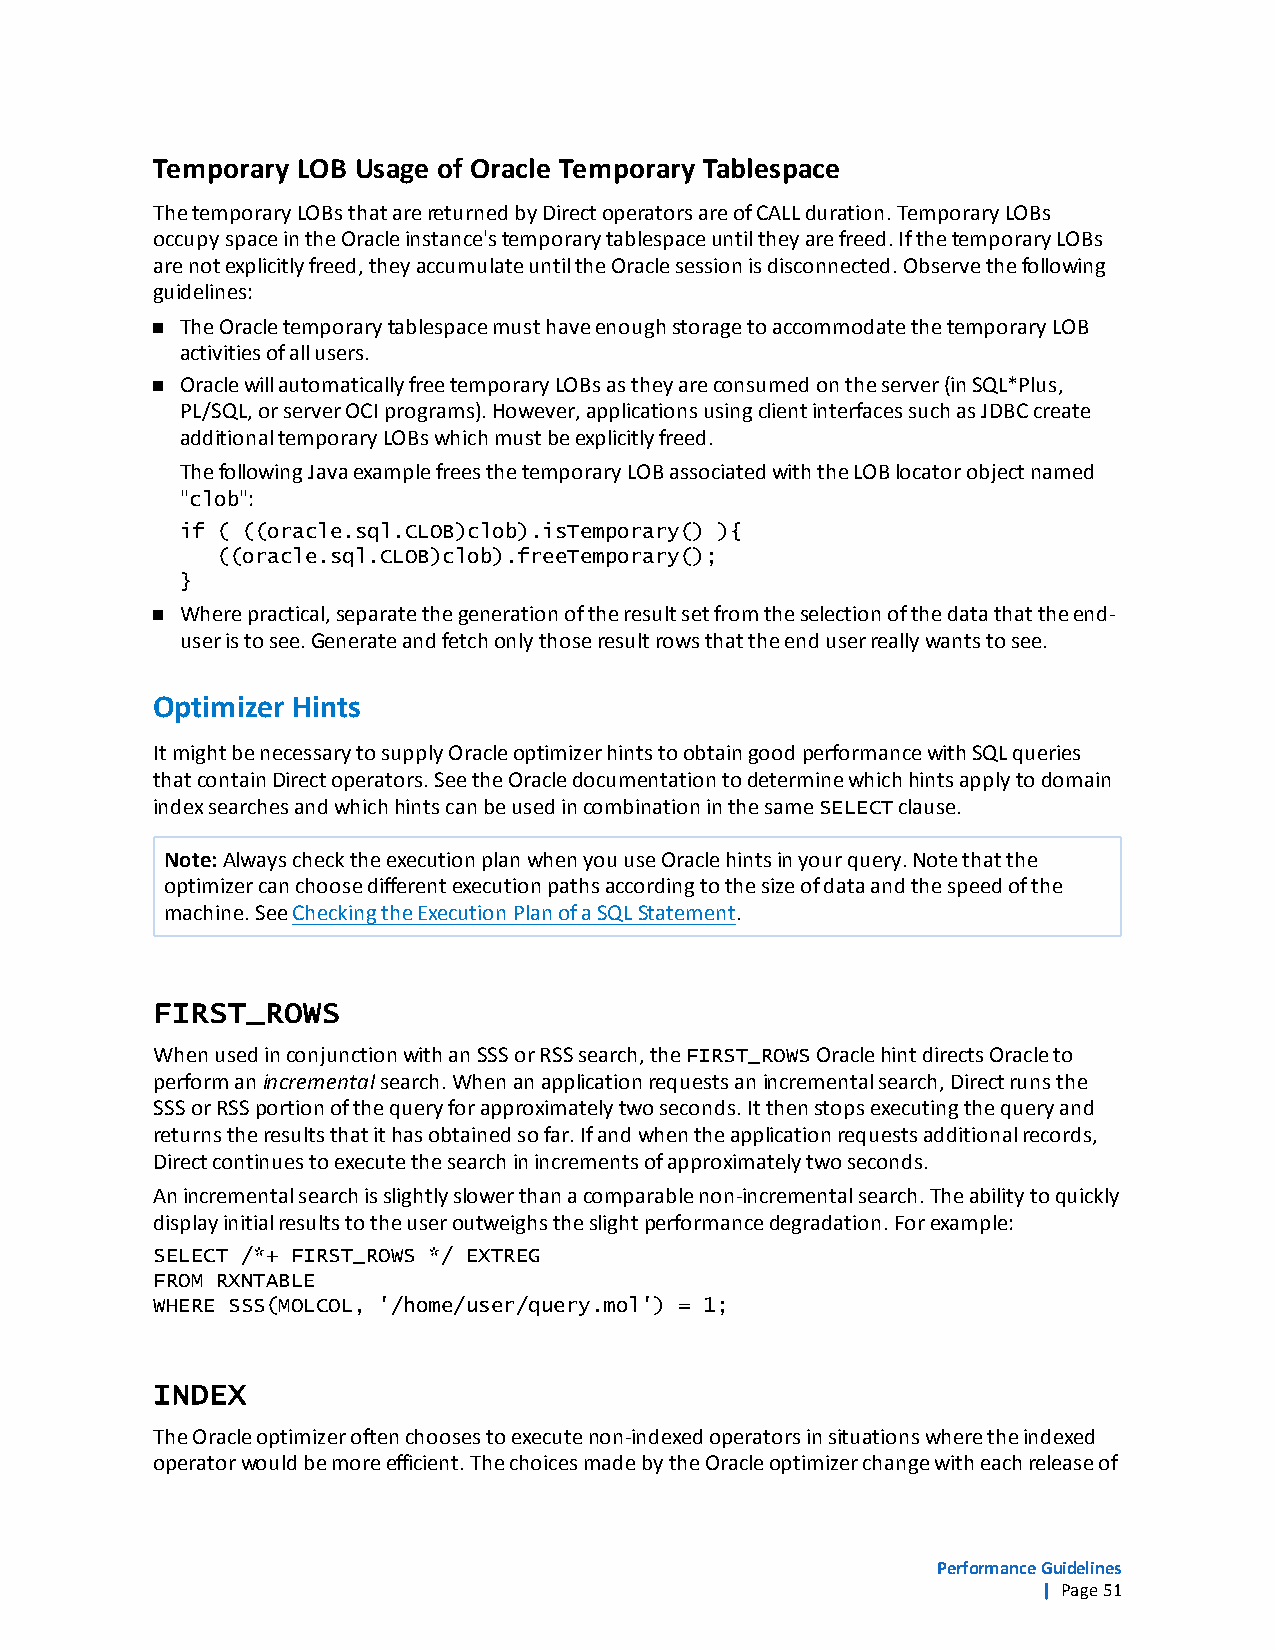
Temporary LOB Usage of Oracle Temporary Tablespace
 ThetemporaryLOBsthatarereturnedbyDirectoperatorsareofCALLduration.TemporaryLOBs
 occupyspaceintheOracleinstance'stemporarytablespaceuntiltheyarefreed.IfthetemporaryLOBs
 arenotexplicitlyfreed,theyaccumulateuntiltheOraclesessionisdisconnected.Observethefollowing
 guidelines:
 n TheOracletemporarytablespacemusthaveenoughstoragetoaccommodatethetemporaryLOB
 activitiesofallusers.
 n OraclewillautomaticallyfreetemporaryLOBsastheyareconsumedontheserver(inSQL*Plus,
 PL/SQL,orserverOCIprograms).However,applicationsusingclientinterfacessuchasJDBCcreate
 additionaltemporaryLOBswhichmustbeexplicitlyfreed.
 ThefollowingJavaexamplefreesthetemporaryLOBassociatedwiththeLOBlocatorobjectnamed
 "clob":
 if ( ((oracle.sql.CLOB)clob).isTemporary() ){
 ((oracle.sql.CLOB)clob).freeTemporary();
 }
 n Wherepractical,separatethegenerationoftheresultsetfromtheselectionofthedatathattheend-
 useristosee.Generateandfetchonlythoseresultrowsthattheenduserreallywantstosee.
 Optimizer Hints
 ItmightbenecessarytosupplyOracleoptimizerhintstoobtaingoodperformancewithSQLqueries
 thatcontainDirectoperators.SeetheOracledocumentationtodeterminewhichhintsapplytodomain
 indexsearchesandwhichhintscanbeusedincombinationinthesameSELECTclause.
 Note:AlwayschecktheexecutionplanwhenyouuseOraclehintsinyourquery.Notethatthe
 optimizercanchoosedifferentexecutionpathsaccordingtothesizeofdataandthespeedofthe
 machine.SeeCheckingtheExecutionPlanofaSQLStatement.
 FIRST_ROWS
 WhenusedinconjunctionwithanSSSorRSSsearch,theFIRST_ROWSOraclehintdirectsOracleto
 performanincrementalsearch.Whenanapplicationrequestsanincrementalsearch,Directrunsthe
 SSSorRSSportionofthequeryforapproximatelytwoseconds.Itthenstopsexecutingthequeryand
 returnstheresultsthatithasobtainedsofar.Ifandwhentheapplicationrequestsadditionalrecords,
 Directcontinuestoexecutethesearchinincrementsofapproximatelytwoseconds.
 Anincrementalsearchisslightlyslowerthanacomparablenon-incrementalsearch.Theabilitytoquickly
 displayinitialresultstotheuseroutweighstheslightperformancedegradation.Forexample:
 SELECT /*+ FIRST_ROWS */ EXTREG
 FROM RXNTABLE
 WHERE SSS(MOLCOL, '/home/user/query.mol') = 1;
 INDEX
 TheOracleoptimizeroftenchoosestoexecutenon-indexedoperatorsinsituationswheretheindexed
 operatorwouldbemoreefficient.ThechoicesmadebytheOracleoptimizerchangewitheachreleaseof
 PerformanceGuidelines
 | Page51